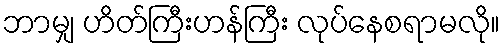
ဘာမျှ ဟိတ်ကြီးဟန်ကြီး လုပ်နေစရာမလို။